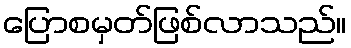
ပြောစမှတ်ဖြစ်လာသည်။